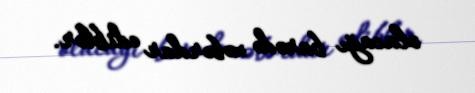
olacağı barədə xəbərdar ediblər.